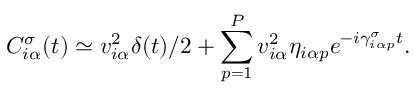
C _ { i \alpha } ^ { \sigma } ( t ) \simeq v _ { i \alpha } ^ { 2 } \delta ( t ) / 2 + \sum _ { p = 1 } ^ { P } v _ { i \alpha } ^ { 2 } \eta _ { i \alpha p } e ^ { - i \gamma _ { i \alpha p } ^ { \sigma } t } .